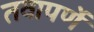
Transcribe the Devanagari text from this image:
तवापर्णे